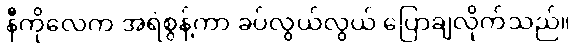
နီကိုလေက အရဲစွန့်ကာ ခပ်လွယ်လွယ် ပြောချလိုက်သည်။